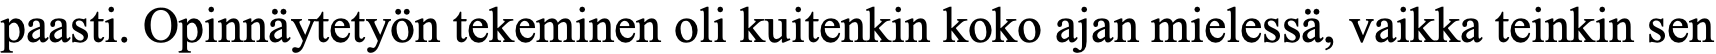
paasti. Opinnäytetyön tekeminen oli kuitenkin koko ajan mielessä, vaikka teinkin sen